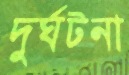
দুর্ঘটনা